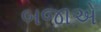
બજાએ